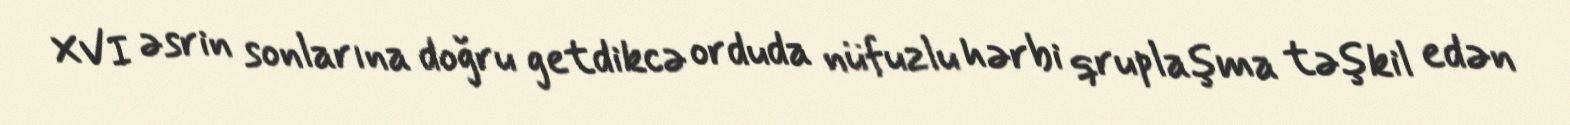
XVI əsrin sonlarına doğru getdikcə orduda nüfuzlu hərbi qruplaşma təşkil edən